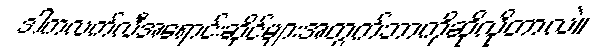
ဒါကလက်လီအရောင်းဆိုင်များအတွက်ဘာကိုဆိုလိုတာလဲ။